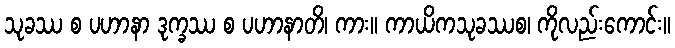
သုခဿ စ ပဟာနာ ဒုက္ခဿ စ ပဟာနာတိ၊ ကား။ ကာယိကသုခဿစ၊ ကိုလည်းကောင်း။